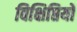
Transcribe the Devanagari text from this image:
विक्षिप्तियों